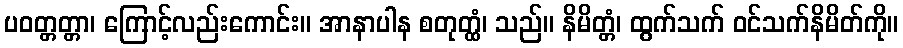
ပဝတ္တတ္တာ၊ ကြောင့်လည်းကောင်း။ အာနာပါန စတုတ္ထံ၊ သည်။ နိမိတ္တံ၊ ထွက်သက် ဝင်သက်နိမိတ်ကို။